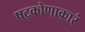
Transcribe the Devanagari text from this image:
षट्कोणाकारं